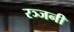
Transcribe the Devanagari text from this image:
रञ्जनी